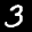
Label: 3